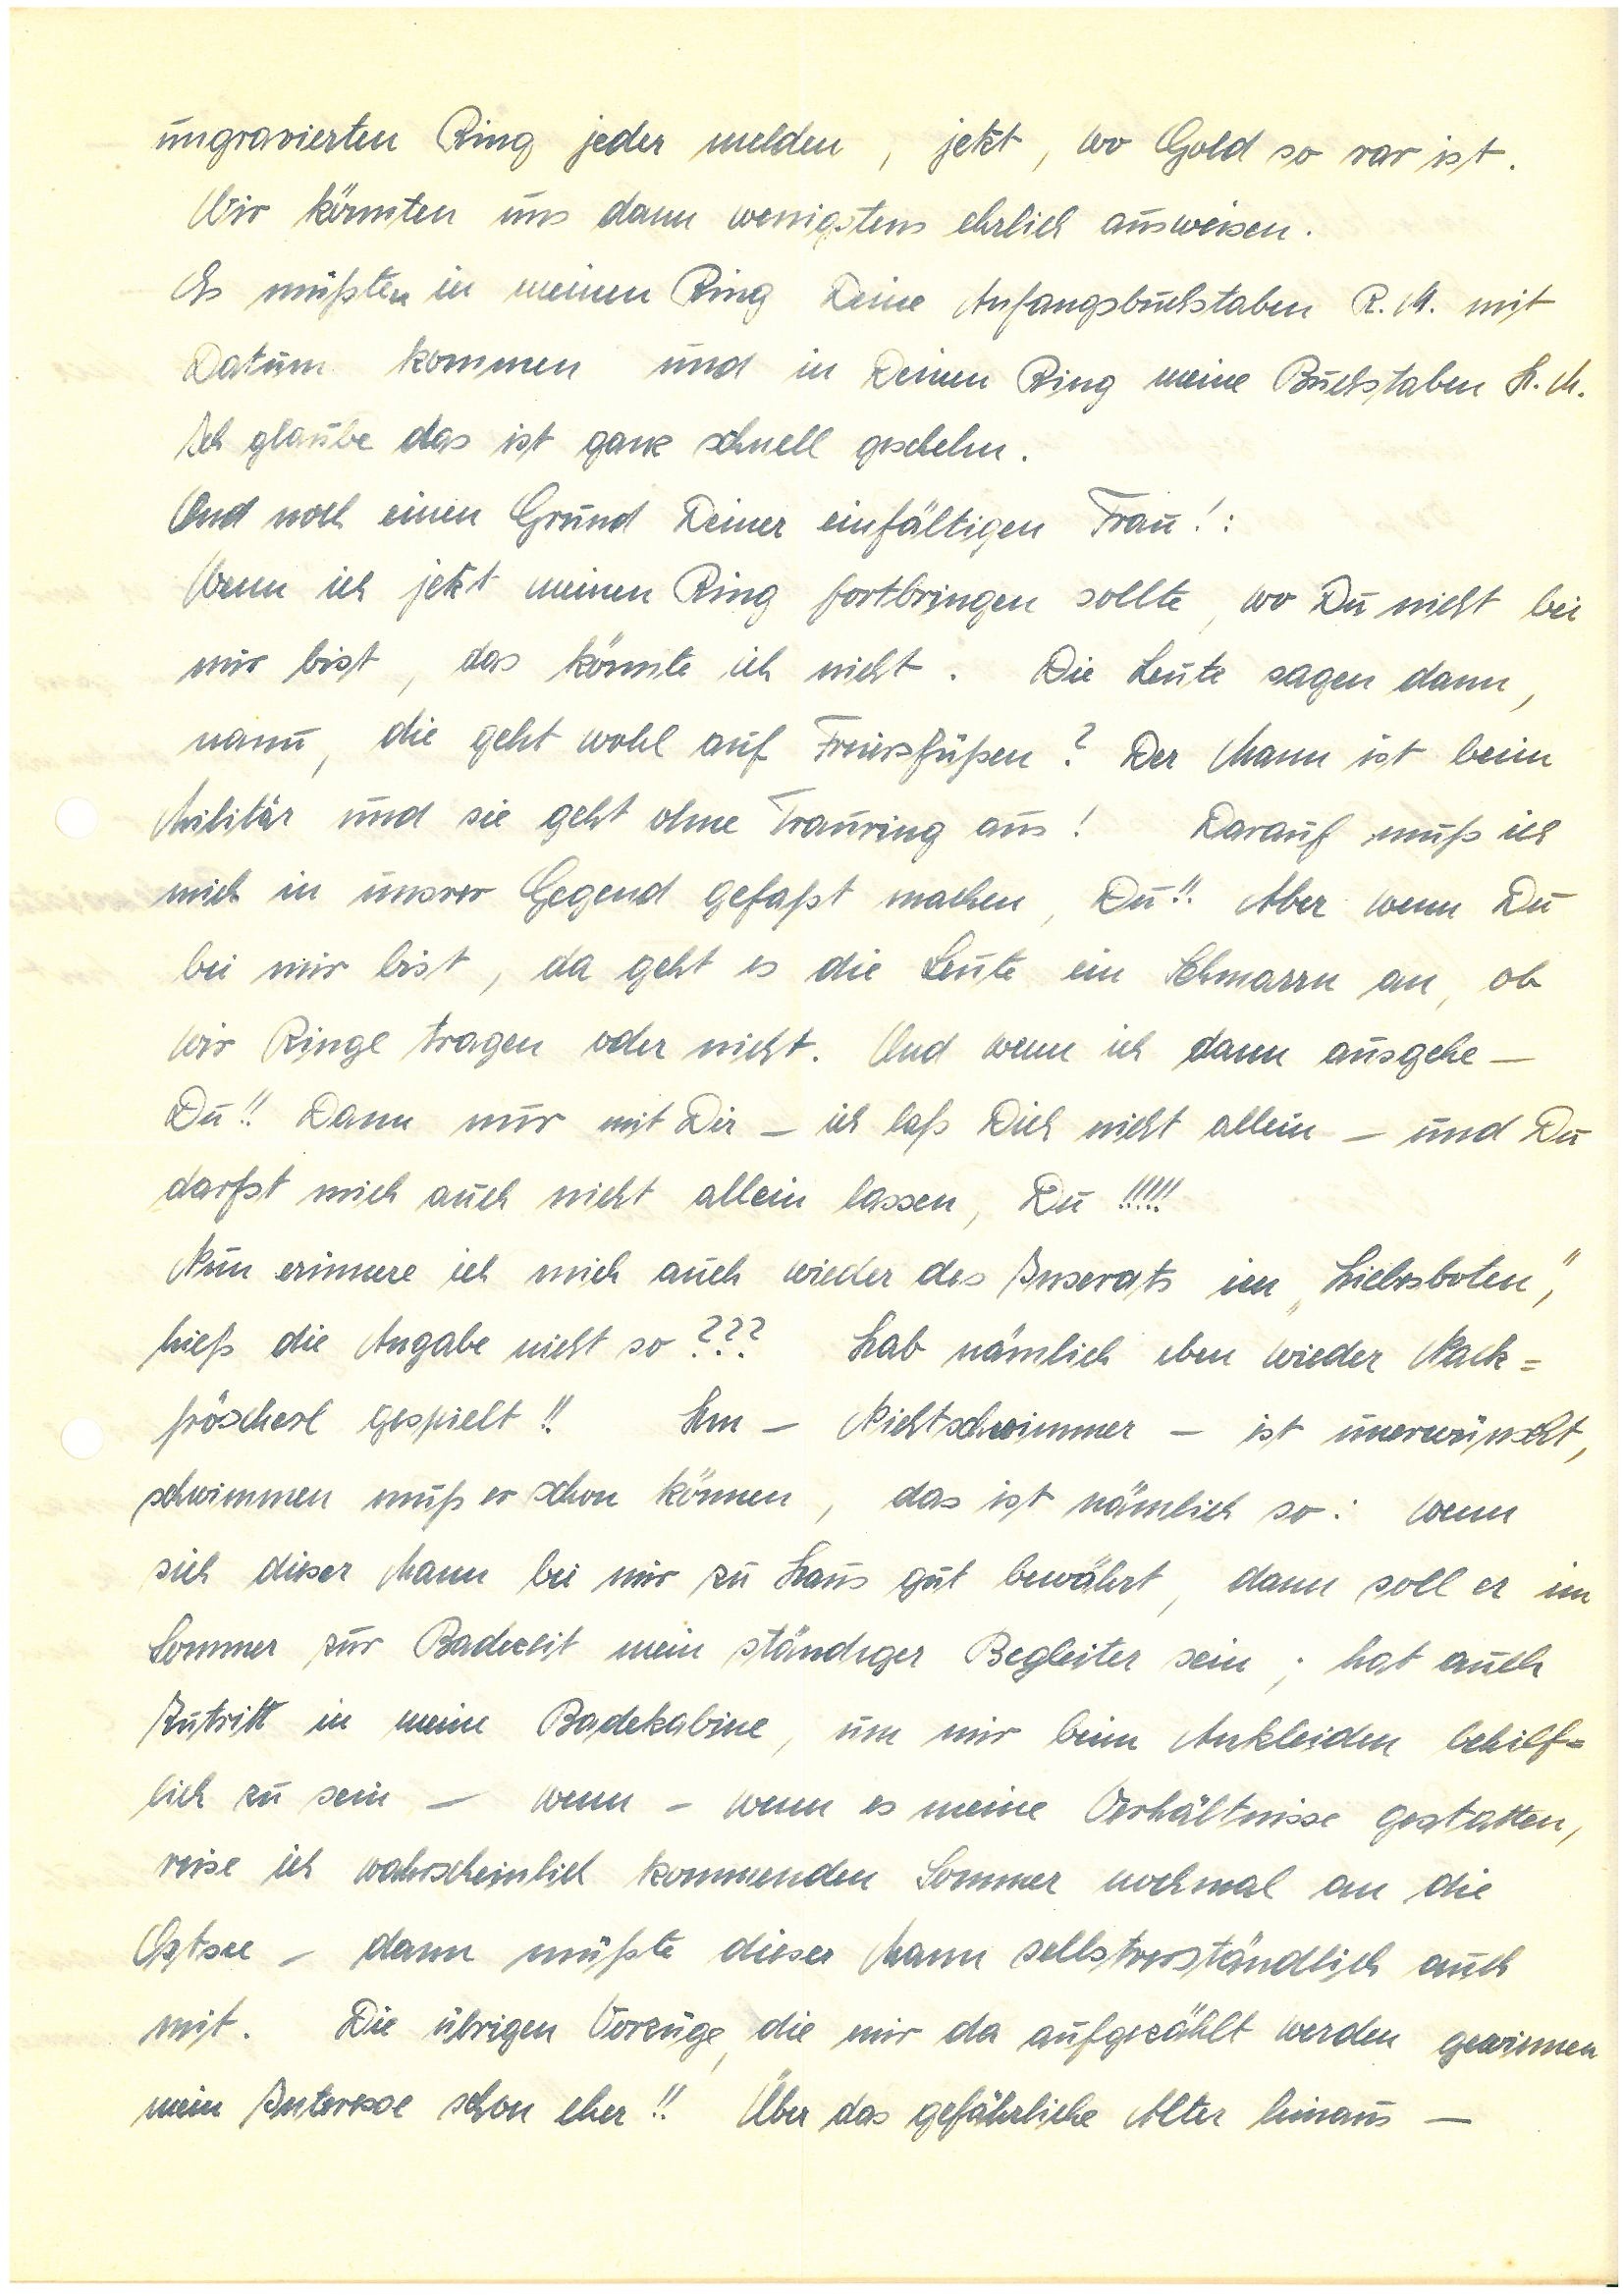
ungravierten Ring jeder melden, jetzt, wo Gold so rar ist.
Wir könnten uns dann wenigstens ehrlich ausweisen.
Es müßten in meinen Ring Deine Anfangsbuchstaben R. mit
Datum kommen und in Deinen Ring meine Buchstaben H.
Ich glaube das ist ganz schnell geschehn.
Und noch einen Grund Deiner einfältigen Frau!:
Wenn ich jetzt meinen Ring fortbringen sollte, wo Du nicht bei
mir bist, das könnte ich nicht. Die Leute sagen dann,
nanu, die geht wohl auf Freiersfüßen? Der Mann ist beim
Militär und sie geht ohne Trauring aus! Darauf muß ich
mich in unsrer Gegend gefaßt machen, Du!! Aber wenn Du
bei mir bist, da geht es die Leute ein Schmarrn an, ob
wir Ringe tragen oder nicht. Und wenn ich dann ausgehe –
Du!! Dann nur mit Dir – ich laß Dich nicht allein – und Du
darfst mich auch nicht allein lassen, Du!!!!!
Nun erinnere ich mich auch wieder des Inserats im „Liebesboten“,
hieß die Angabe nicht so??? Hab nämlich eben wieder Nack¬
fröscherl gespielt!! Hm – Nichtschwimmer – ist unerwünscht,
schwimmen muß er schon können, das ist nämlich so: wenn
sich dieser Mann bei mir zu Haus gut bewährt, dann soll er im
Sommer zur Badezeit mein ständiger Begleiter sein; hat auch
Zutritt in meine Badekabine, um mir beim Ankleiden behilf¬
lich zu sein – wenn – wenn es meine Verhältnisse gestatten,
reise ich wahrscheinlich kommenden Sommer noch mal an die
Ostsee – dann müßte dieser Mann selbstverständlich auch
mit. Die übrigen Vorzüge, die mir da aufgezählt werden gewinnen
mein Interesse schon eher!! Über das gefährliche Alter hinaus –